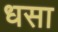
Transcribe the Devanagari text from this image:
धसा